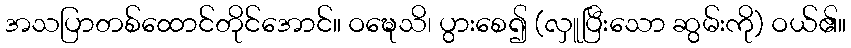
အသပြာတစ်ထောင်တိုင်အောင်။ ဝဍ္ဎေသိ၊ ပွားစေ၍ (လှူပြီးသော ဆွမ်းကို) ဝယ်၏။